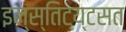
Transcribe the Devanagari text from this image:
इन्स्तिटय्टसत